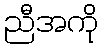
ညီအကို